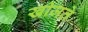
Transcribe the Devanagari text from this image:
खीजते